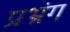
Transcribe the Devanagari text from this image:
प्रभ्रंग